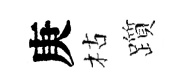
庚枯躓